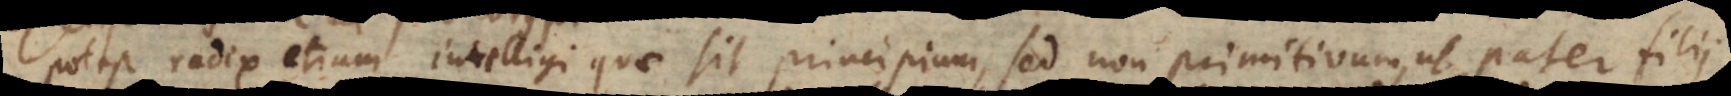
Potest radix etiam intelligi quae sit principium, sed non primitivum, ut pater filii.